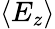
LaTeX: \langle E_{z}\rangle